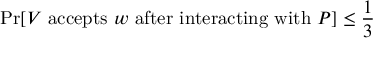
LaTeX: \operatorname* { P r } [ V { \mathrm { ~ a c c e p t s ~ } } w { \mathrm { ~ a f t e r ~ i n t e r a c t i n g ~ w i t h ~ } } P ] \leq { \frac { 1 } { 3 } }